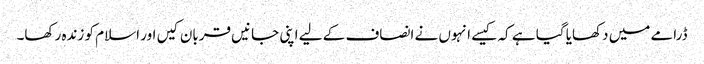
ڈرامے میں دکھایا گیا ہے کہ کیسے انہوں نے انصاف کے لیے اپنی جانیں قربان کیں اور اسلام کو زندہ رکھا۔